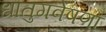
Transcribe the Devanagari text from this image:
धातुगवेषणा